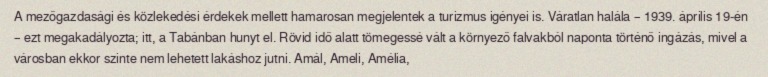
A mezőgazdasági és közlekedési érdekek mellett hamarosan megjelentek a turizmus igényei is. Váratlan halála – 1939. április 19-én – ezt megakadályozta; itt, a Tabánban hunyt el. Rövid idő alatt tömegessé vált a környező falvakból naponta történő ingázás, mivel a városban ekkor szinte nem lehetett lakáshoz jutni. Amál, Ameli, Amélia,